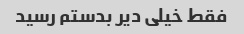
فقط خیلی دیر بدستم رسید